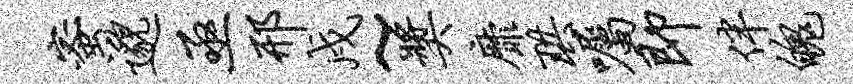
蜜邈亟邢戍~奖靡珙嘱即伴魄